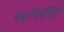
અરજણજીનો